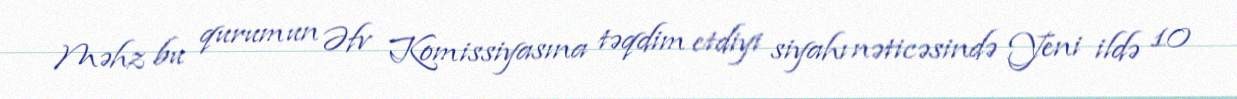
Məhz bu qurumun Əfv Komissiyasına təqdim etdiyi siyahı nəticəsində Yeni ildə 10